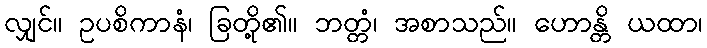
လျှင်။ ဥပစိကာနံ၊ ခြတို့၏။ ဘတ္တံ၊ အစာသည်။ ဟောန္တိ ယထာ၊